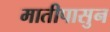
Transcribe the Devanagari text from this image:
मातीपासुन